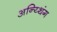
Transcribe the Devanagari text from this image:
अन्य्थिंग